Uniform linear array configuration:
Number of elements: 12
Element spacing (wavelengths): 1
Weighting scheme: cosine
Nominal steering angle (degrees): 60
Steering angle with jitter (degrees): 58.113
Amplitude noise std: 0.05
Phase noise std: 0.05

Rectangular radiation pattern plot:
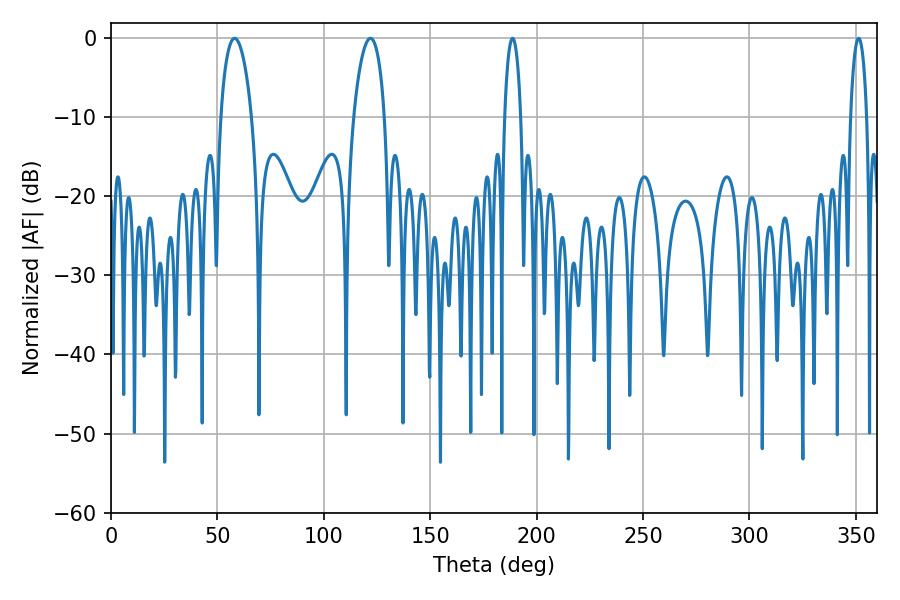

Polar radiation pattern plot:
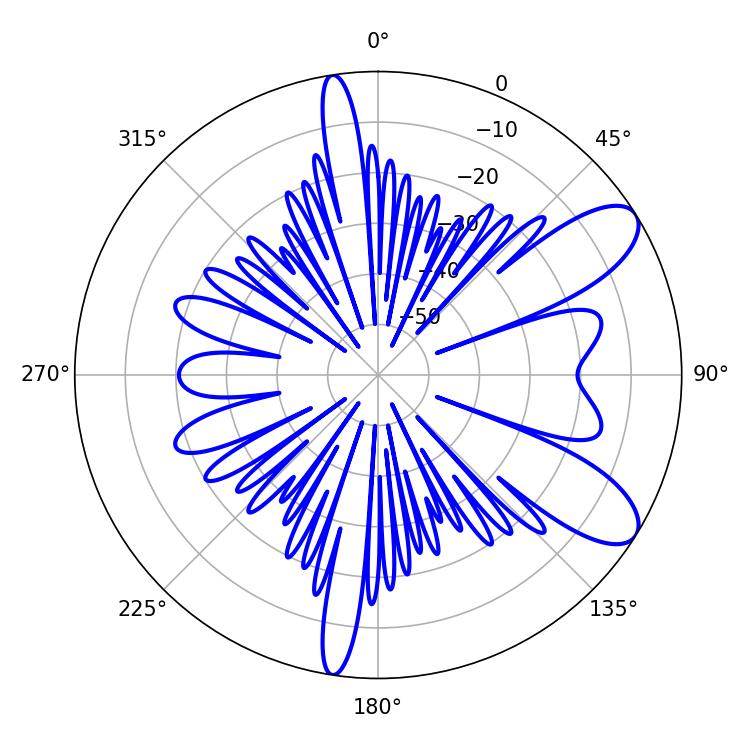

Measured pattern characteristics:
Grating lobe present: TRUE
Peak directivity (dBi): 9.185
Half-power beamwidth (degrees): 8.28
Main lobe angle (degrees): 58.14